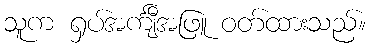
သူက ရှပ်အင်္ကျီအဖြူ ဝတ်ထားသည်။